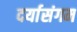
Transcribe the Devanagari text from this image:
दर्यासंगम